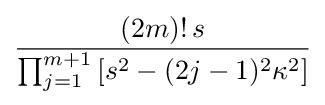
{\frac {(2m)!\,s}{\prod _{j=1}^{m+1}\left[s^{2}-(2j-1)^{2}\kappa ^{2}\right]}}